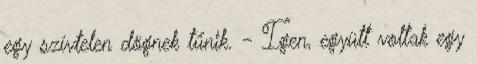
egy szívtelen dögnek tűnik. - Igen, együtt voltak egy